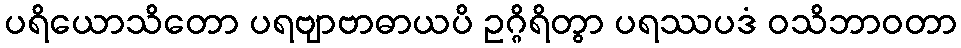
ပရိယောသိတော ပရဗျာဗာဓာယပိ ဥဂ္ဂိရိတွာ ပရဿပဒံ ဝသိဘာဝတာ